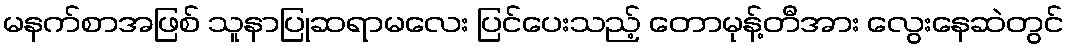
မနက်စာအဖြစ် သူနာပြုဆရာမလေး ပြင်ပေးသည့် တောမုန့်တီအား လွေးနေဆဲတွင်